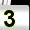
Digit: 3